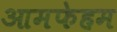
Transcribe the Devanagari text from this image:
आमफेहम